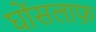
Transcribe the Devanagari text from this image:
घोंसलाफ़